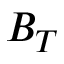
B _ { T }